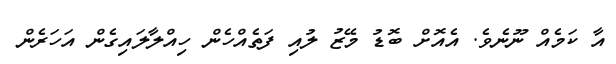
އާ ކަމެއް ނޫނެވެ. އެއޮށް ބޮޑު މޭޒު ލުއި ފަތެއްހެން ހިއްލާލައިގެން އަހަރެން